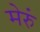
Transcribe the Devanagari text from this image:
मेरुं